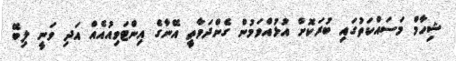
ޝިހާމް މަސައްކަތުގައި ބުރަކޮށް އުޅުއްވަމުން ގެންދަވާތީ އޭނާގެ އިންޓަވިއުއެއް އަދި ވަނީ ލިބޭ